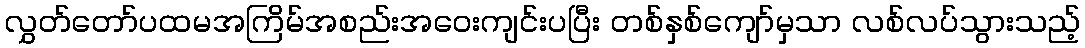
လွှတ်တော်ပထမအကြိမ်အစည်းအဝေးကျင်းပပြီး တစ်နှစ်ကျော်မှသာ လစ်လပ်သွားသည့်